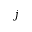
j